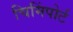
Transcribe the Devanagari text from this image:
चिमिंपोर्ट